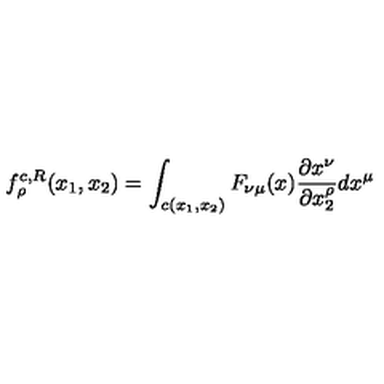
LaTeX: f _ { \rho } ^ { c , R } ( x _ { 1 } , x _ { 2 } ) = \int _ { c ( x _ { 1 } , x _ { 2 } ) } F _ { \nu \mu } ( x ) \frac { \partial x ^ { \nu } } { \partial x _ { 2 } ^ { \rho } } d x ^ { \mu }